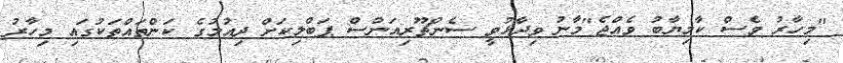
"މިހާރު ވެސް ކާމިޔާބު ވެއްޖެ"މާނު ވިދާޅުވީ ސެންޗޫރިއަންސް ޕަބްލިކަށް ދިއުމުގެ ކަންތައްތަކުގައި މިހާރު